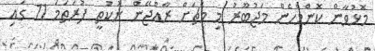
މޮޅުވާން ކޮންމެހެން މަޖުބޫރު މި މެޗަށް ރާއްޖޭން ނުކުތީ ފުރަތަމަ 11 ގައި